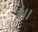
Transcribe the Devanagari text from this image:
वै।।